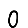
Digit: 0